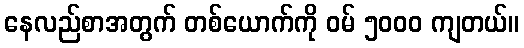
နေလည်စာအတွက် တစ်ယောက်ကို ဝမ် ၅၀၀၀ ကျတယ်။